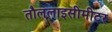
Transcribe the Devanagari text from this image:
तौललाइसीमीटर